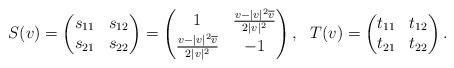
LaTeX: \begin{align*}&S(v)=\begin{pmatrix}s_{11}&s_{12}\\s_{21}&s_{22}\end{pmatrix}=\begin{pmatrix}1&\frac{v-|v|^2\overline{v}}{2|v|^2}\\\frac{{v}-|v|^2\overline{v}}{2|v|^2}&-1\end{pmatrix},~~T(v)=\begin{pmatrix}t_{11}&t_{12}\\t_{21}&t_{22}\end{pmatrix}.\end{align*}